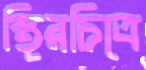
স্থিরচিত্রে